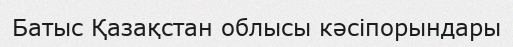
Батыс Қазақстан облысы кәсіпорындары